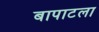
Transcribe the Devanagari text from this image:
बापाटला